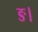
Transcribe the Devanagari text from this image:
ङ।